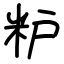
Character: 粐